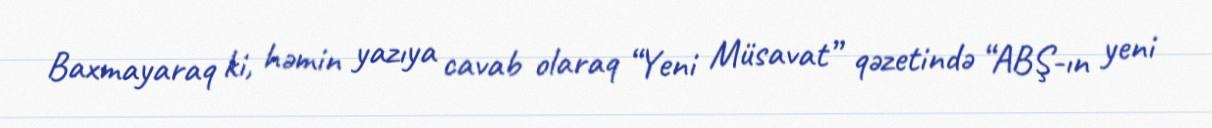
Baxmayaraq ki, həmin yazıya cavab olaraq “Yeni Müsavat” qəzetində “ABŞ-ın yeni